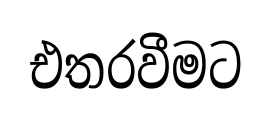
එතරවීමට